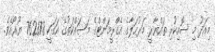
މިއަދު މި ސޮއިކުރި ތައްޔާރީ މަރުހަލާގެ އެގްރީމަންޓްގެ މަސައްކަތުގެ އަގަކީ 762878 ޔޫރޯއެވެ.